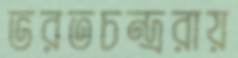
ভরতচন্দ্ররায়